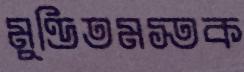
মুণ্ডিতমস্তক